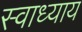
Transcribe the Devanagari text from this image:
स्‍वाध्‍याय